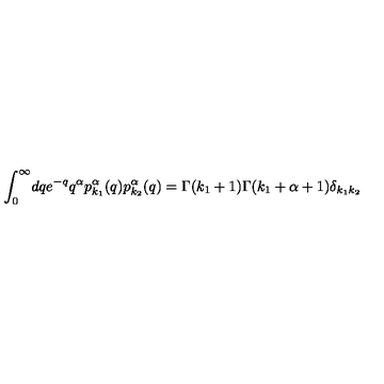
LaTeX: \int _ { 0 } ^ { \infty } \! d q e ^ { - q } q ^ { \alpha } p _ { k _ { 1 } } ^ { \alpha } ( q ) p _ { k _ { 2 } } ^ { \alpha } ( q ) = \Gamma ( k _ { 1 } + 1 ) \Gamma ( k _ { 1 } + \alpha + 1 ) \delta _ { k _ { 1 } k _ { 2 } }